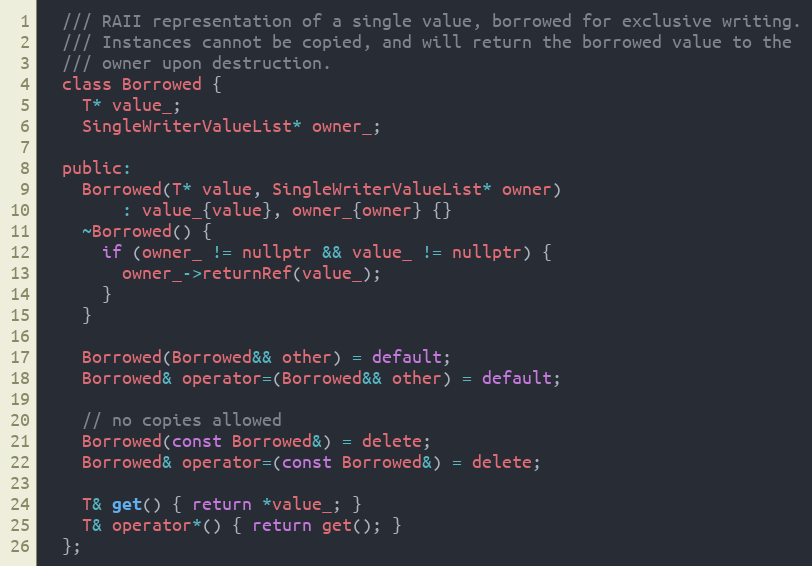
Language: C
  /// RAII representation of a single value, borrowed for exclusive writing.
  /// Instances cannot be copied, and will return the borrowed value to the
  /// owner upon destruction.
  class Borrowed {
    T* value_;
    SingleWriterValueList* owner_;

  public:
    Borrowed(T* value, SingleWriterValueList* owner)
        : value_{value}, owner_{owner} {}
    ~Borrowed() {
      if (owner_ != nullptr && value_ != nullptr) {
        owner_->returnRef(value_);
      }
    }

    Borrowed(Borrowed&& other) = default;
    Borrowed& operator=(Borrowed&& other) = default;

    // no copies allowed
    Borrowed(const Borrowed&) = delete;
    Borrowed& operator=(const Borrowed&) = delete;

    T& get() { return *value_; }
    T& operator*() { return get(); }
  };